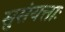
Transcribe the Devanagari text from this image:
सुसंयत्ताः